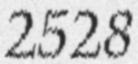
2528